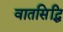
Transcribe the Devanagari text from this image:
वातसिद्धि